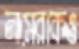
নাসেরকেও